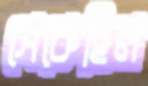
সেকেছিল